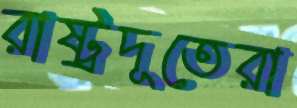
রাষ্ট্রদূতেরা